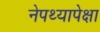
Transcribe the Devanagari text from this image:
नेपथ्यापेक्षा